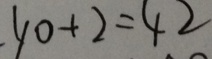
4 0 + 2 = 4 2